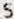
5